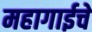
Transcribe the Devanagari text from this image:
महागाईचे